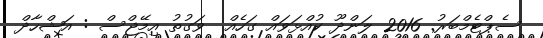
ސެޕްޓެމްބަރު